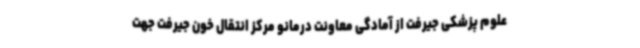
علوم پزشکی جیرفت از آمادگی معاونت درمانو مرکز انتقال خون جیرفت جهت